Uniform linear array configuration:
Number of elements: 8
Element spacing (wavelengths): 0.5
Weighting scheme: hamming
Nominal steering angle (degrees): -45
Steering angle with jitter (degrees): -44.206
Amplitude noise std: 0.05
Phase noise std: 0.05

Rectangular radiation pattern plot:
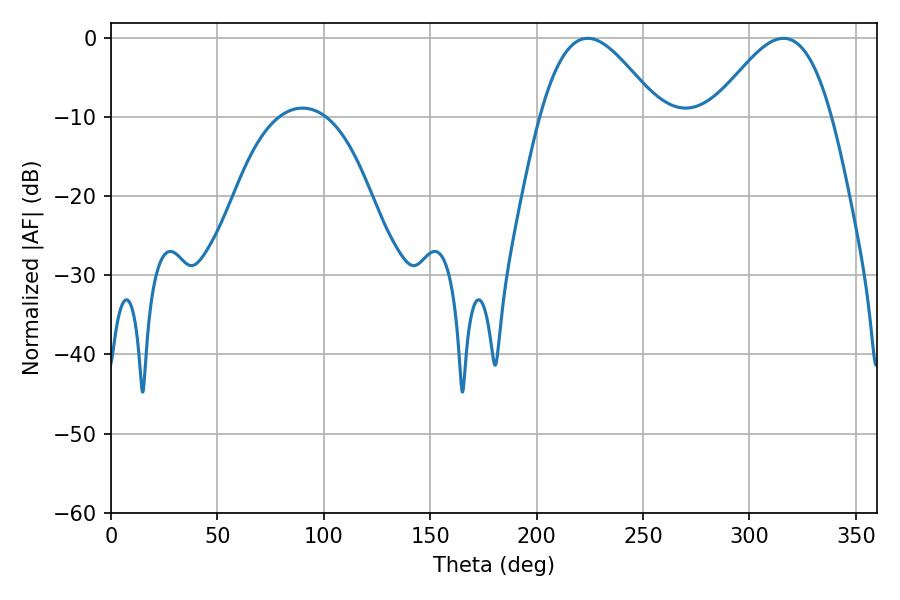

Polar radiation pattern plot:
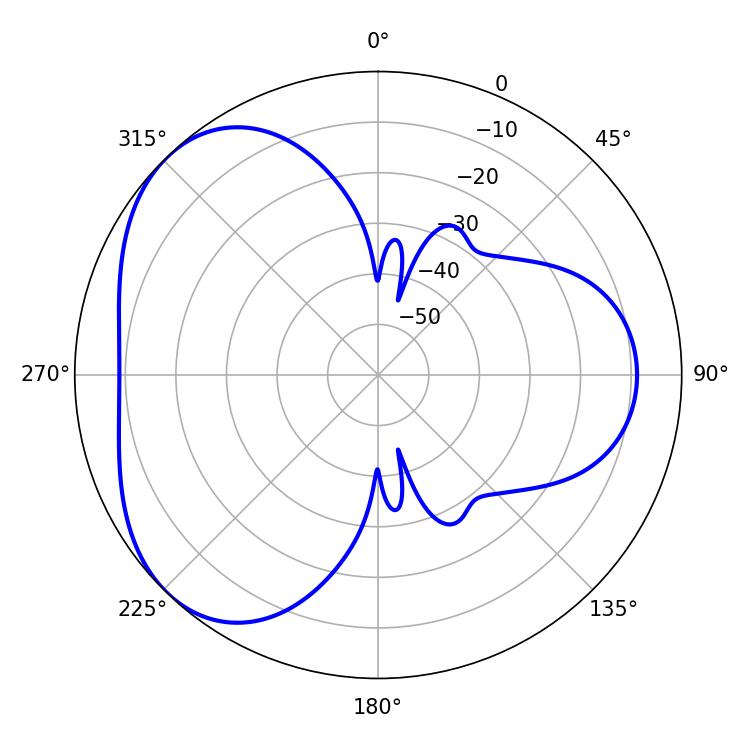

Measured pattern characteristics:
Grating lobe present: FALSE
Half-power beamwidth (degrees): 29.88
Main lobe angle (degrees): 316.08